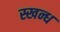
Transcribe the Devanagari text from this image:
स्खन्ध